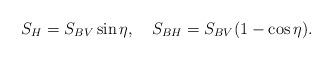
LaTeX: \begin{align*}S_{H}= S_{BV} \sin \eta, ~~~S_{BH}= S_{BV} (1- \cos \eta).\end{align*}